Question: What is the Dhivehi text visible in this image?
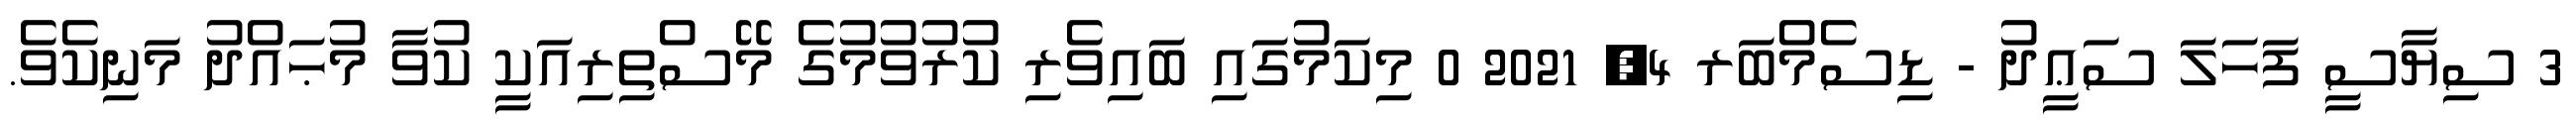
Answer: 3 ސިޔާސީ ފަހަލަ ސަޢީދު - ޑިސެމްބަރ 4, 2021 0 މިކަމުގައި ބައިވެރި ކުރުވުމުގެ މޭސްތިރިއަކީ ކުވާ މުޙައްދު މަނިކެވެ.